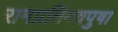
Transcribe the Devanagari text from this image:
रामप्रतिमवपुषा